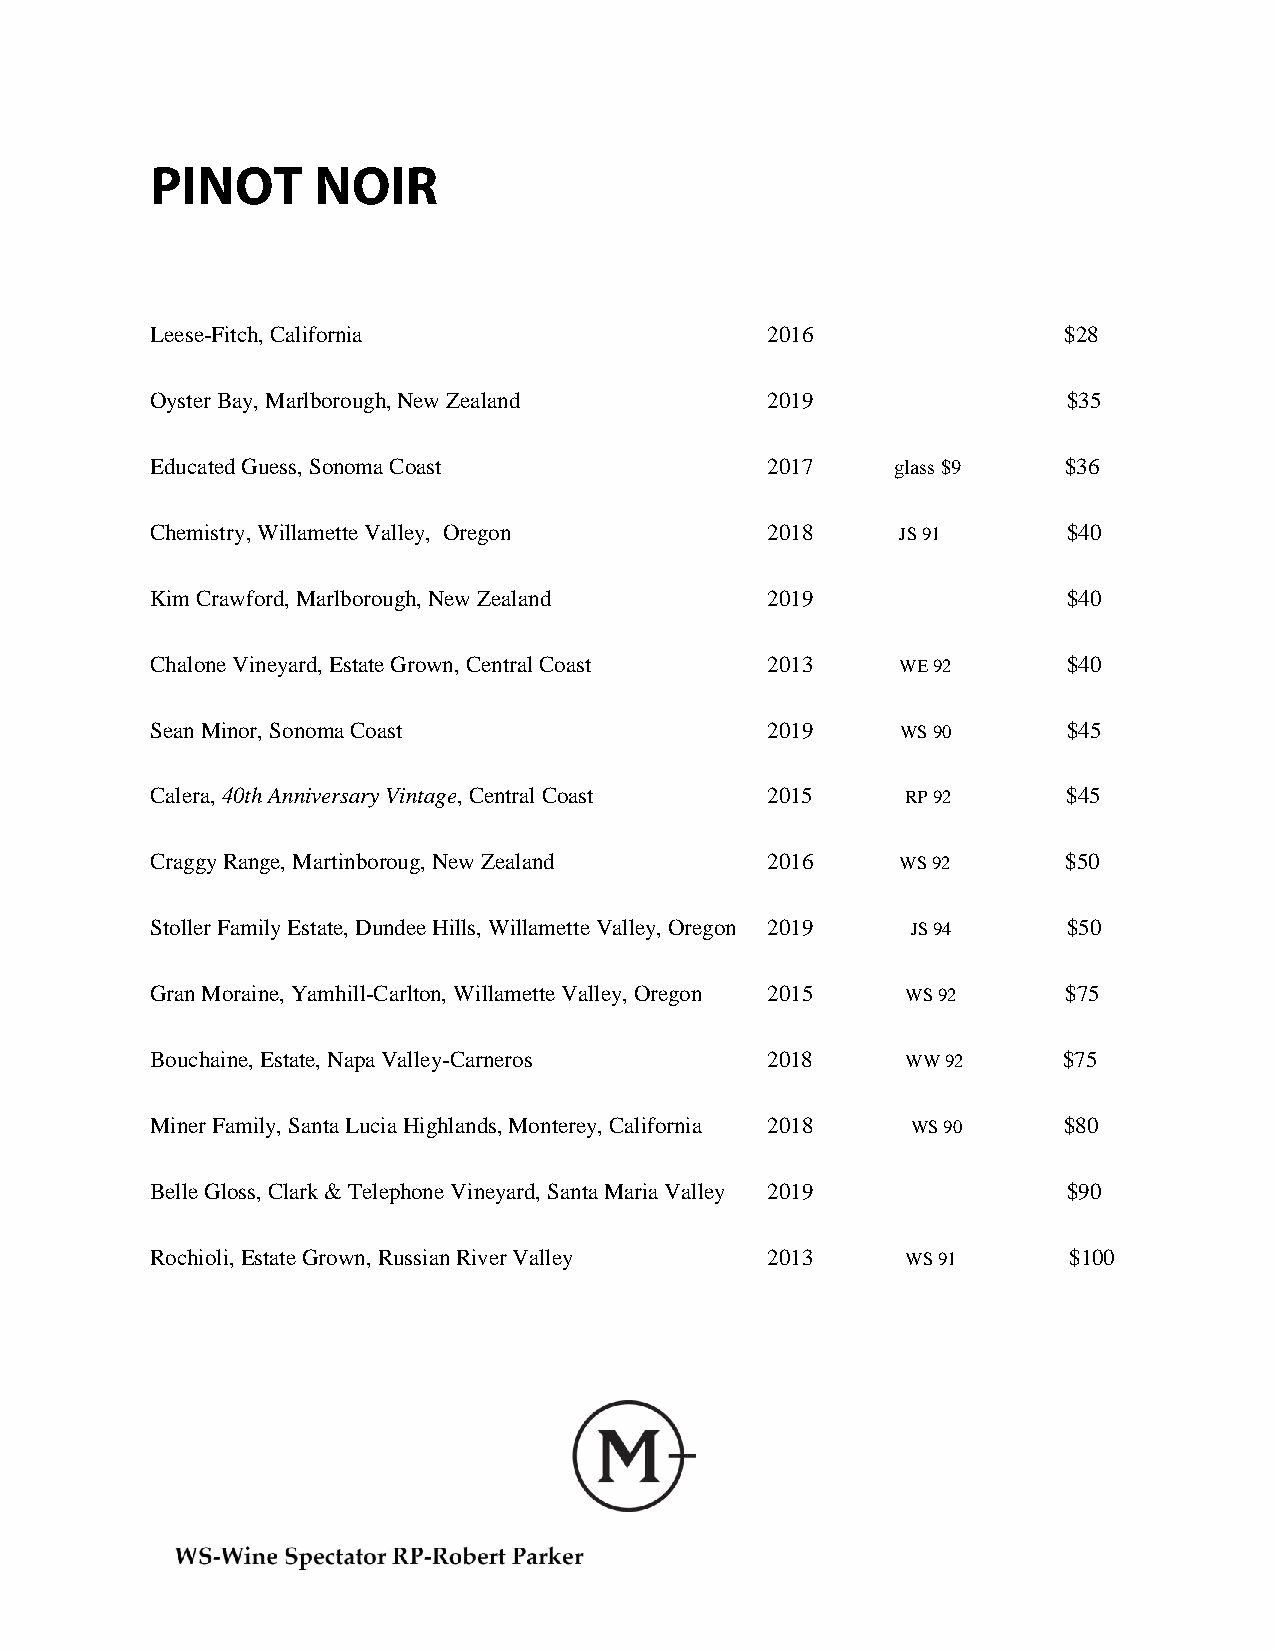
Leese-Fitch, California                  2016               $28
 Oyster Bay, Marlborough, New Zealand     2019                $35
 Educated Guess, Sonoma Coast             2017    glass $9    $36
 Chemistry, Willamette Valley, Oregon     2018     JS 91      $40
 Kim Crawford, Marlborough, New Zealand   2019                $40
 Chalone Vineyard, Estate Grown, Central Coast 2013 WE 92     $40
 Sean Minor, Sonoma Coast                 2019     WS 90      $45
 Calera, 40th Anniversary Vintage, Central Coast 2015 RP 92   $45
 Craggy Range, Martinboroug, New Zealand  2016     WS 92      $50
 Stoller Family Estate, Dundee Hills, Willamette Valley, Oregon 2019 JS 94 $50
 Gran Moraine, Yamhill-Carlton, Willamette Valley, Oregon 2015 WS 92 $75
 Bouchaine, Estate, Napa Valley-Carneros  2018     WW 92     $75
 Miner Family, Santa Lucia Highlands, Monterey, California 2018 WS 90 $80
 Belle Gloss, Clark & Telephone Vineyard, Santa Maria Valley 2019 $90
 Rochioli, Estate Grown, Russian River Valley 2013 WS 91      $100